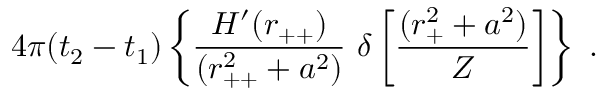
4 \pi ( t _ { 2 } - t _ { 1 } ) \left\{ \frac { H ^ { \prime } ( r _ { + + } ) } { ( r _ { + + } ^ { 2 } + a ^ { 2 } ) } \ \delta \left[ \frac { ( r _ { + } ^ { 2 } + a ^ { 2 } ) } { Z } \right] \right\} \ .